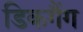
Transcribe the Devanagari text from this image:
डिकगैंग